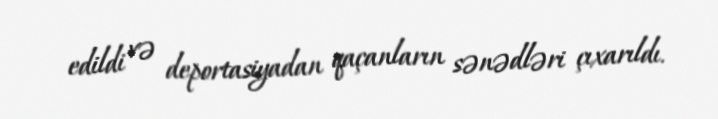
edildi və deportasiyadan qaçanların sənədləri çıxarıldı.